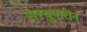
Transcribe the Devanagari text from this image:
सरयुपारीन